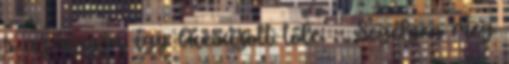
s az anyja így búcsúzott tőle: - Segéljen meg